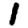
Digit: 1